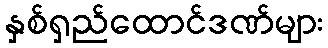
နှစ်ရှည်ထောင်ဒဏ်များ